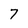
Character: 7